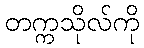
တက္ကသိုလ်ကို